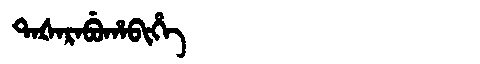
Manchu: ᡨᠠᡧᠠᡵᠠᠪᡠᡥᠠᠪᡳᡥᡝ
Romanization: TAŠARABUHABIHE